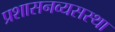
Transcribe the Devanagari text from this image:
प्रशासनव्यसस्था